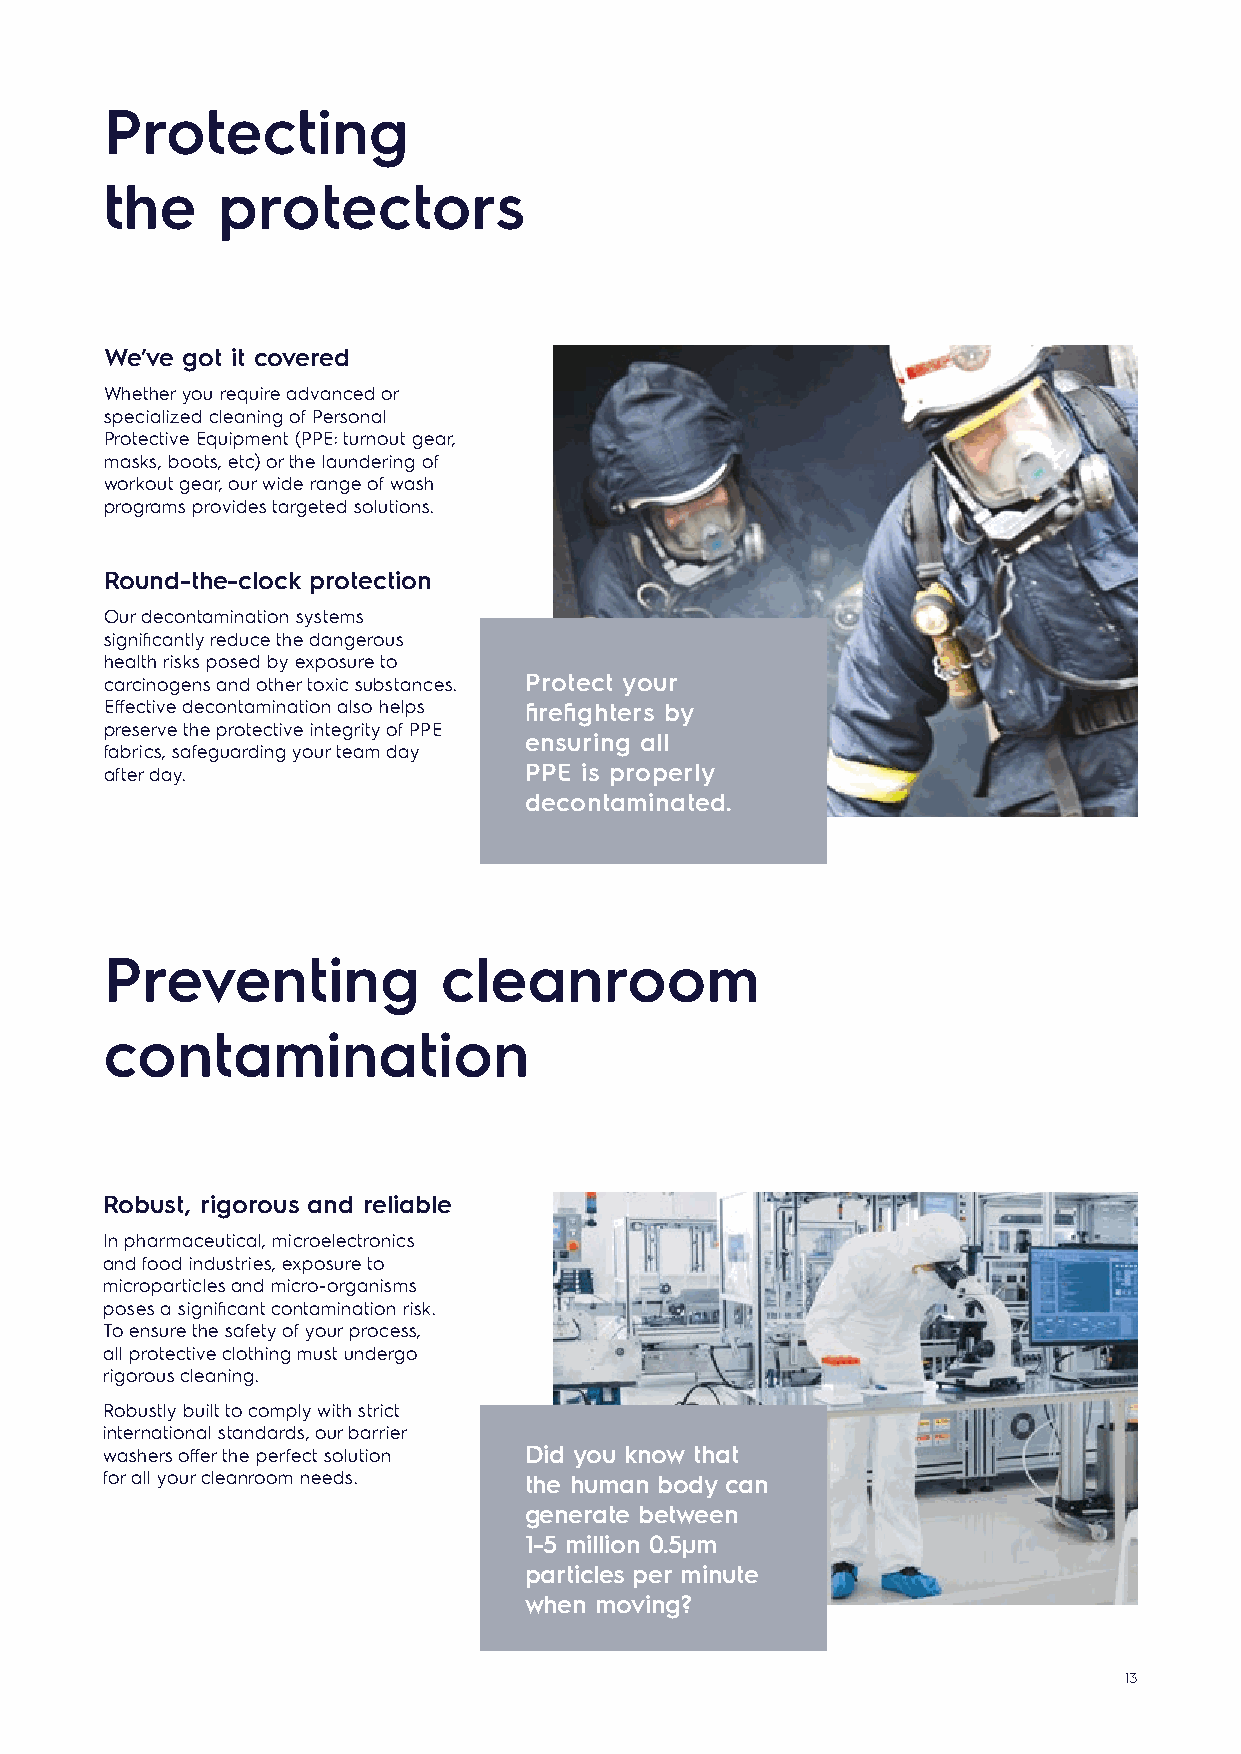
Protecting
 the    protectors
 We’ve got it covered
 Whether you require advanced or
 specialized cleaning of Personal
 Protective Equipment (PPE: turnout gear,
 masks, boots, etc) or the laundering of
 workout gear, our wide range of wash
 programs provides targeted solutions.
 Round-the-clock protection
 Our decontamination systems
 significantly reduce the dangerous
 health risks posed by exposure to
 carcinogens and other toxic substances. Protect your
 Effective decontamination also helps firefighters by
 preserve the protective integrity of PPE
 ensuring all
 fabrics, safeguarding your team day
 after day.                  PPE is properly
 decontaminated.
 Preventing            cleanroom
 contamination
 Robust, rigorous and reliable
 In pharmaceutical, microelectronics
 and food industries, exposure to
 microparticles and micro-organisms
 poses a significant contamination risk.
 To ensure the safety of your process,
 all protective clothing must undergo
 rigorous cleaning.
 Robustly built to comply with strict
 international standards, our barrier
 washers offer the perfect solution Did you know that
 for all your cleanroom needs. the human body can
 generate between
 1-5 million 0.5µm
 particles per minute
 when moving?
 13